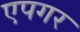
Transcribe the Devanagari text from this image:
एपगर